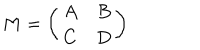
M = \left( \begin{array} { c c } { { A } } & { { B } } \\ { { C } } & { { D } } \\ \end{array} \right)